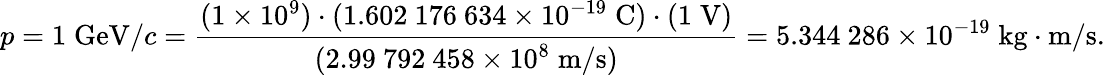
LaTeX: p=1\; {\mathrm{GeV}}/c={\frac{(1\times 10^{9})\cdot(1.602\ 176\ 634\times 10^{-19}\; {\mathrm{C}})\cdot(1\; {\mathrm{V}})}{(2.99\ 792\ 458\times 10^{8}\; {\mathrm{m}}/{\mathrm{s}})}}=5.344\ 286\times 10^{-19}\; {\mathrm{kg}}\cdot{\mathrm{m}}/{\mathrm{s}}.